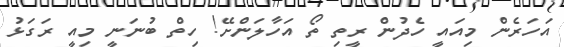
އަހަރެން މިއައީ ހެދުން ރީތި ތޯ އަހާލަންށޭ! ހިތް ބުނަނީ މިއީ ރަގަޅު